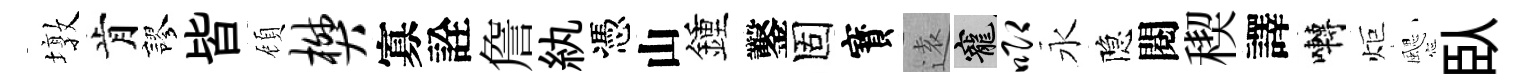
墩肯謬皆頋樊寡詮詹紈憑山鍾鑿固寳逺寵唧永隐閱稧譯囀炬颸臥